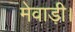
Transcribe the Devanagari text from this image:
मेवाड़ी।